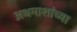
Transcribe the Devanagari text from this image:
अधमाशांच्या